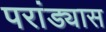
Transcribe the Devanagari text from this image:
परांड्यास